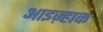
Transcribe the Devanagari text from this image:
आइज़्हाक